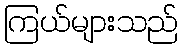
ကြယ်များသည်